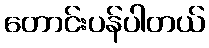
တောင်းပန်ပါတယ်